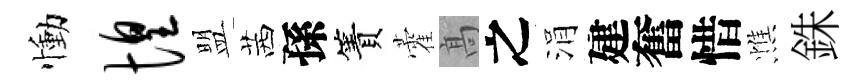
慟惶盟茜孫簀藿髙之涓建奮惜憔銖